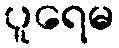
ပူရေမ